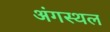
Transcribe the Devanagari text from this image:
अंगस्थल